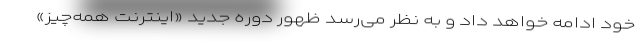
خود ادامه خواهد داد و به نظر می‌رسد ظهور دوره جدید «اینترنت همه‌چیز»